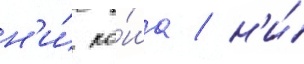
н'и́ ко́ша / н'и́